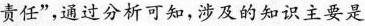
责任”，通过分析可知，涉及的知识主要是